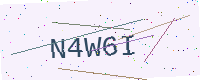
Text: N4W6I